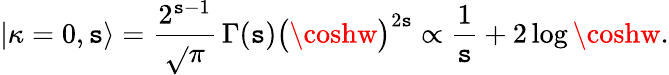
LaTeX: |\kappa=0,\mathtt{s}\rangle=\frac{{2^{\mathtt{s}-1}}}{{\sqrt{}{{\pi}}}}\, \Gamma(\mathtt{s})\bigl(\coshw\bigr)^{2\mathtt{s}}\propto\frac{{1}}{{\mathtt{s}}}+2\log\coshw.